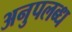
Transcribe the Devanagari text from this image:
अनुपलब्‍ध